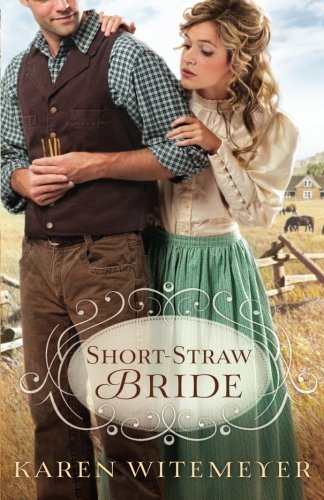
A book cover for Short-Straw Bride; Karen Witemeyer; Religion & Spirituality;